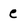
Character: e